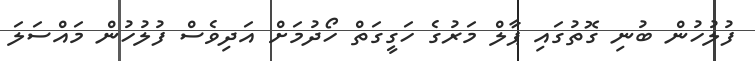
ފުލުހުން ބުނި ގޮތުގައި ޕާލް މަރުގެ ހަގީގަތް ހޯދުމަށް އަދިވެސް ފުލުހުން މައްސަލަ